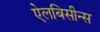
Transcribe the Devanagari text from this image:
ऐलबिसीन्स